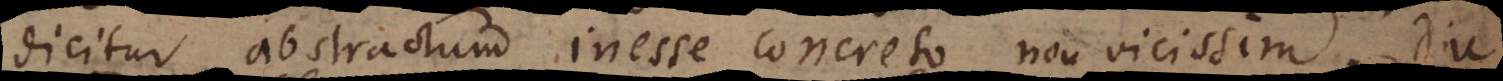
dicitur abstractum inesse concreto, non vicissim. Diu